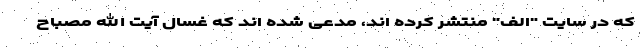
که در سایت "الف" منتشر کرده اند، مدعی شده اند که غسال آیت الله مصباح